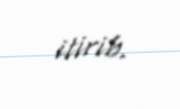
itirib.